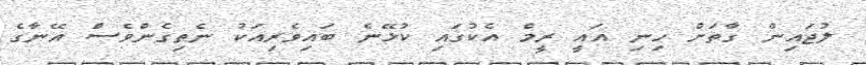
ލުޖައިން ގާތަށް ހިނި އައީ ރީމް އެކުގައި ކުޅޭނެ ބައިވެރިއަކު ނެތިގެންވެސް އޭނާގެ